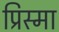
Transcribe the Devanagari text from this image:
प्रिस्मा